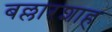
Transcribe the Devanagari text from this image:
बल्लारशाह